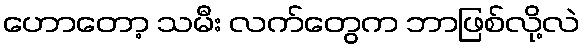
ဟောတော့ သမီး လက်တွေက ဘာဖြစ်လို့လဲ